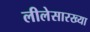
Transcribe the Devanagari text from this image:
लीलेसारख्या